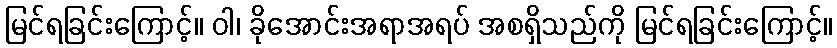
မြင်ရခြင်းကြောင့်။ ဝါ၊ ခိုအောင်းအရာအရပ် အစရှိသည်ကို မြင်ရခြင်းကြောင့်။